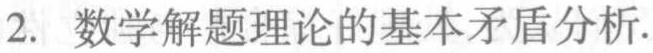
2. 数学解题理论的基本矛盾分析.